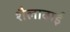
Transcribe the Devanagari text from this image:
शैलाबाई